Juri_Uluots, lk 25
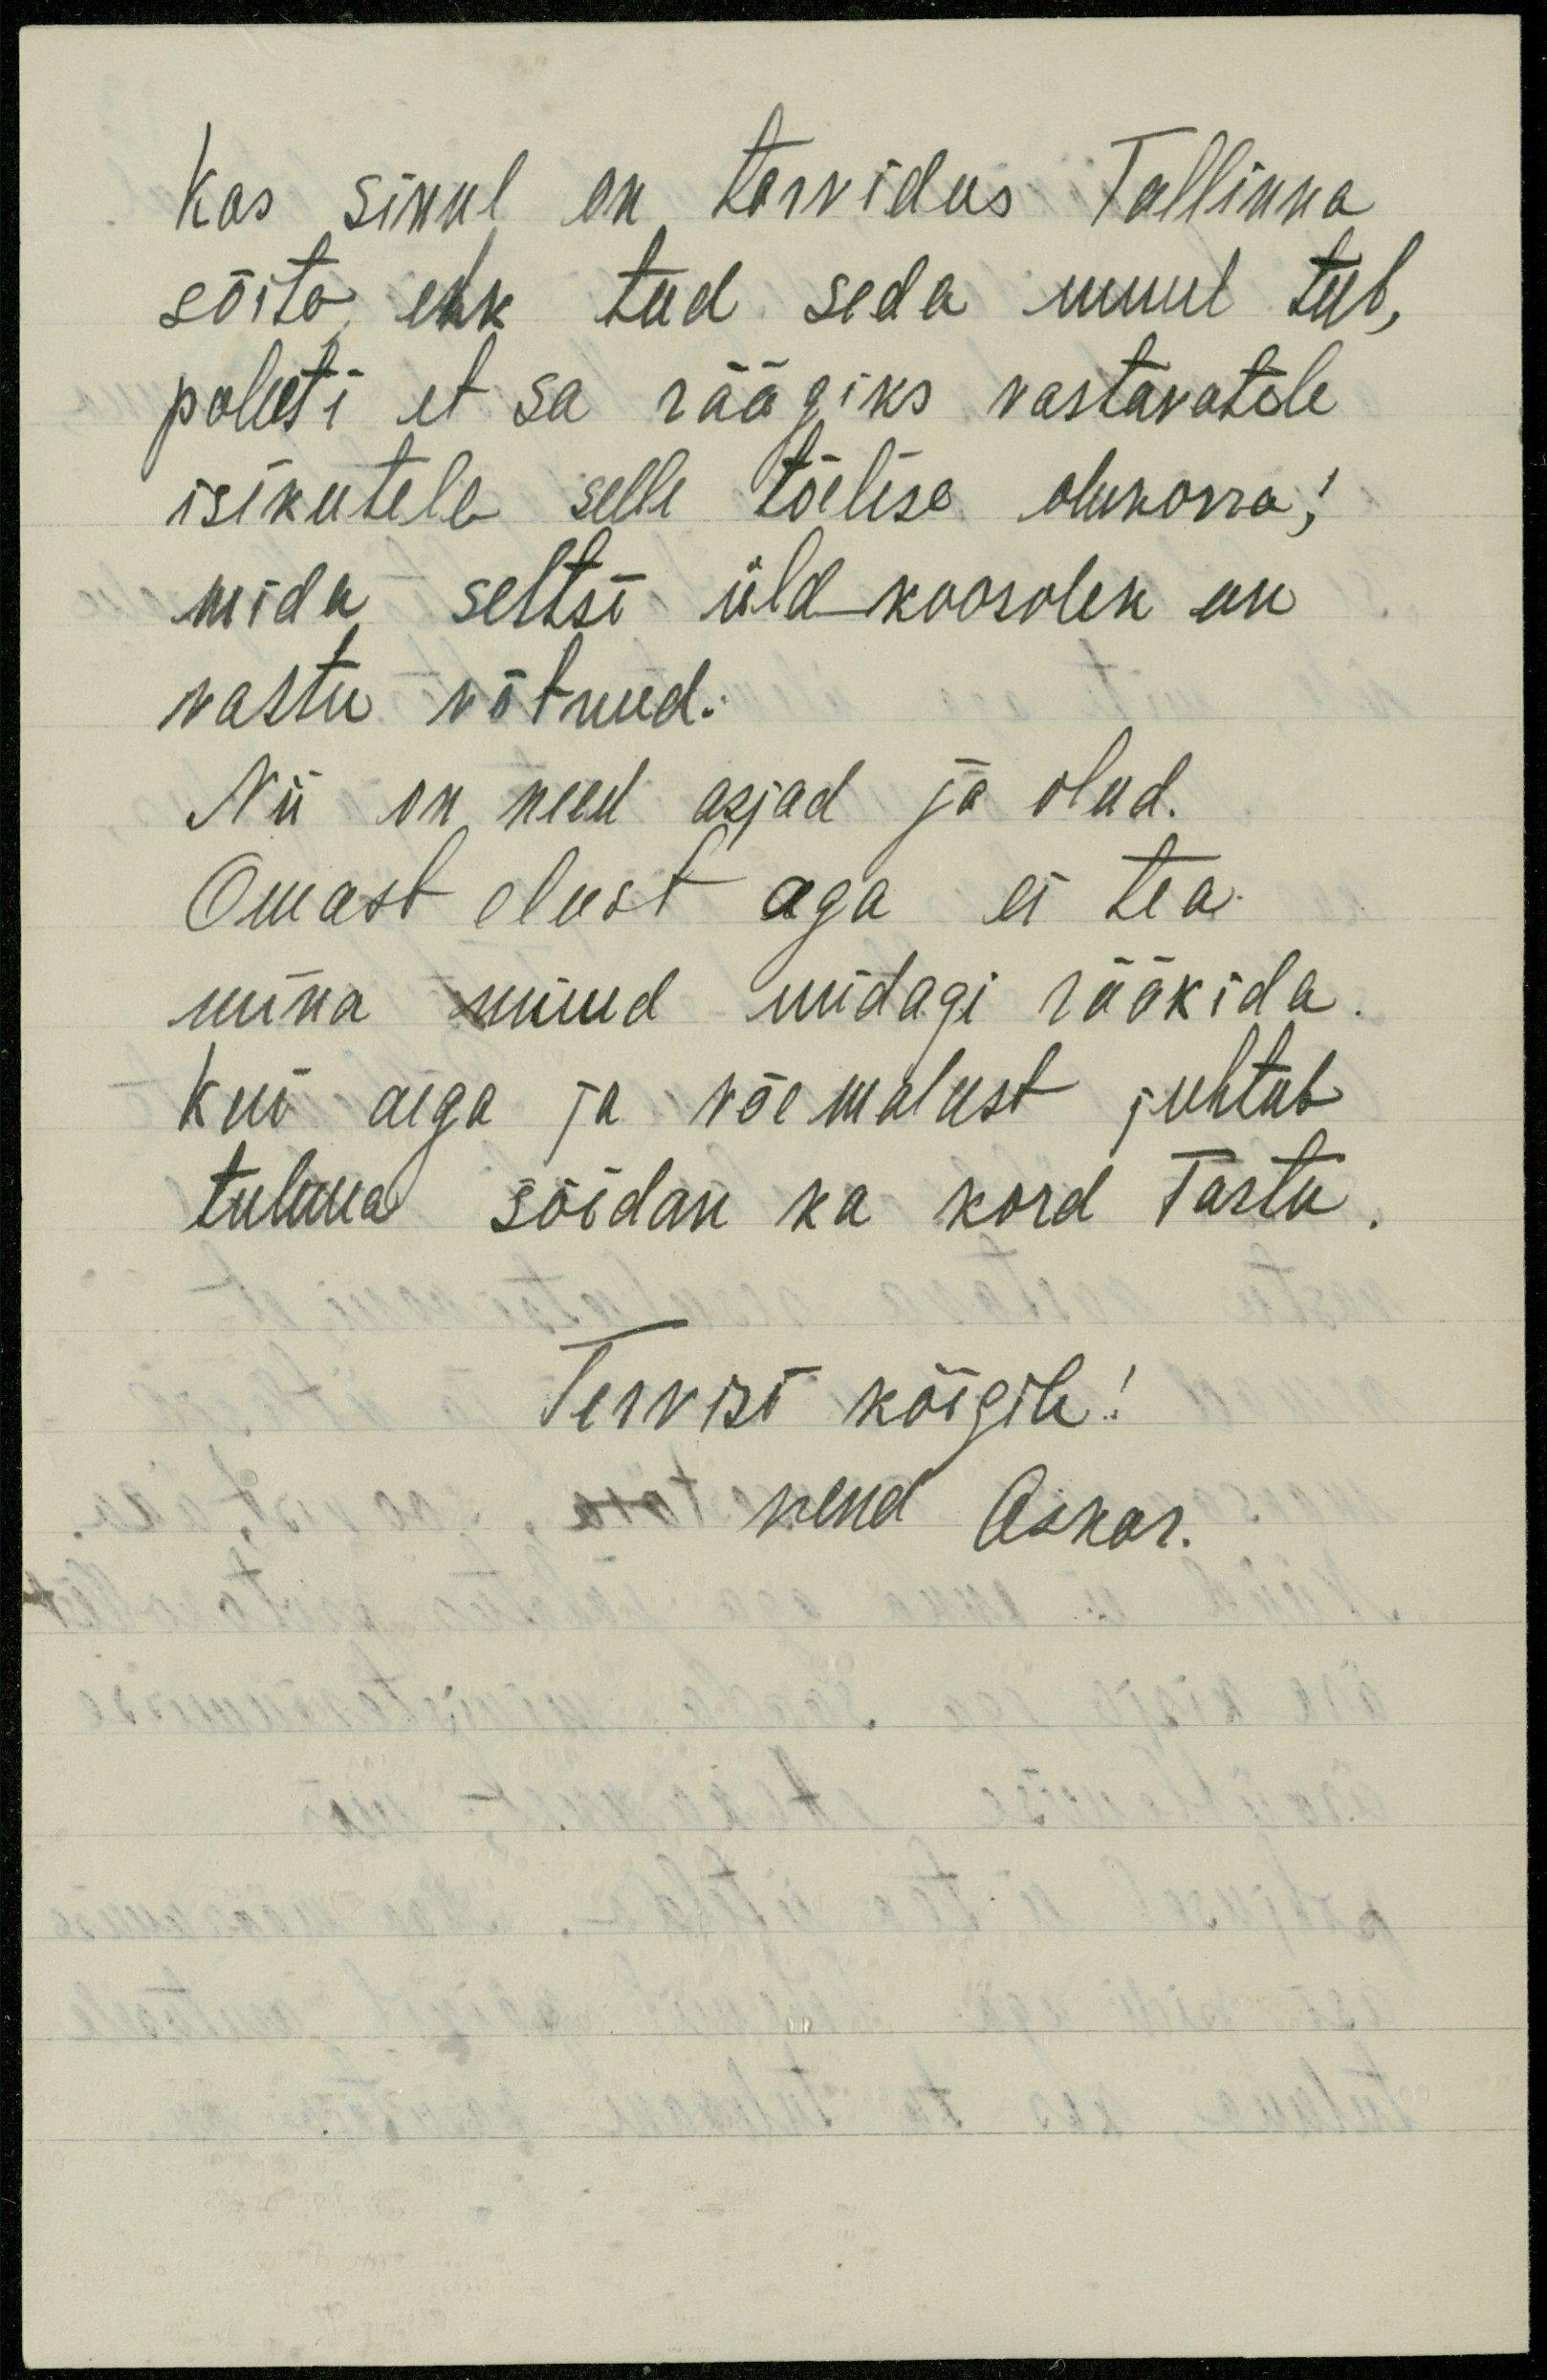
Kas sinul on tarvidus Tallinna
sõita, ehk teed seda muul teel,
paluti et sa räägiks vastavatele
isikutele selle tõelise olukorra;
mida seltsi üldkoosolek on
vastu võtnud.
Nii on need asjad ja olud.
Omast olust aga ei tea
mina muud midagi rääkida.
Kui aega ja võemalust juhtub
tulema sõidan ka kord Tartu.
Tervisi kõigile!
vend Oskar.